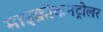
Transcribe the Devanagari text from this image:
माइक्रोकनट्रोलर